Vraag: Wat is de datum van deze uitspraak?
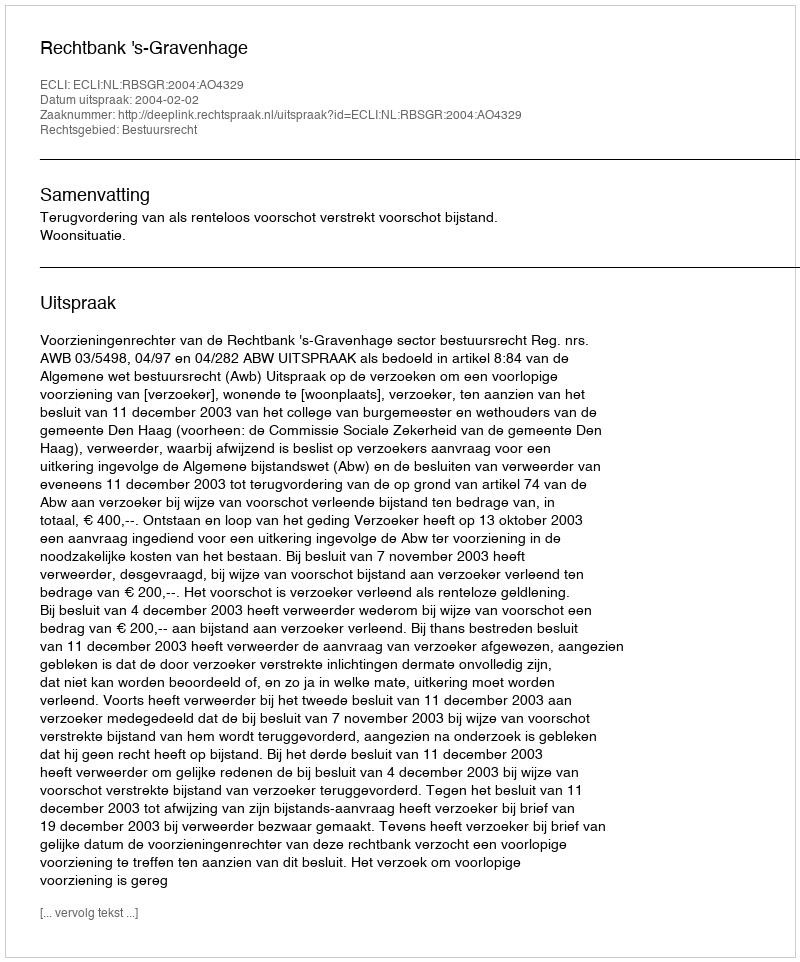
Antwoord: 2004-02-02